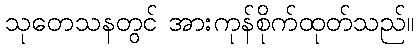
သုတေသနတွင် အားကုန်စိုက်ထုတ်သည်။